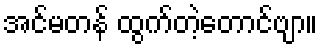
အင်မတန် ထွက်တဲ့တောင်ဗျာ။